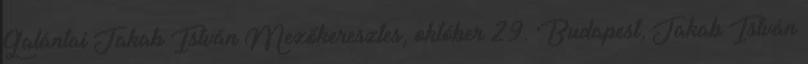
Galántai Jakab István Mezőkeresztes, október 29. Budapest, Jakab István